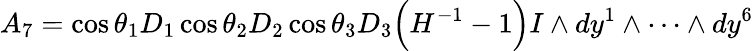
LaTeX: A_{7}=\cos\theta_{1}D_{1}\cos\theta_{2}D_{2}\cos\theta_{3}D_{3}\Big(H^{-1}-1\Big)I\wedge dy^{1}\wedge\cdots\wedge dy^{6}